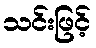
သင်းဖြင့်